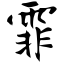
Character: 霏